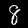
Digit: 8